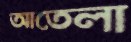
আতেলা